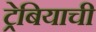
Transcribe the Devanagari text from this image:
ट्रेबियाची